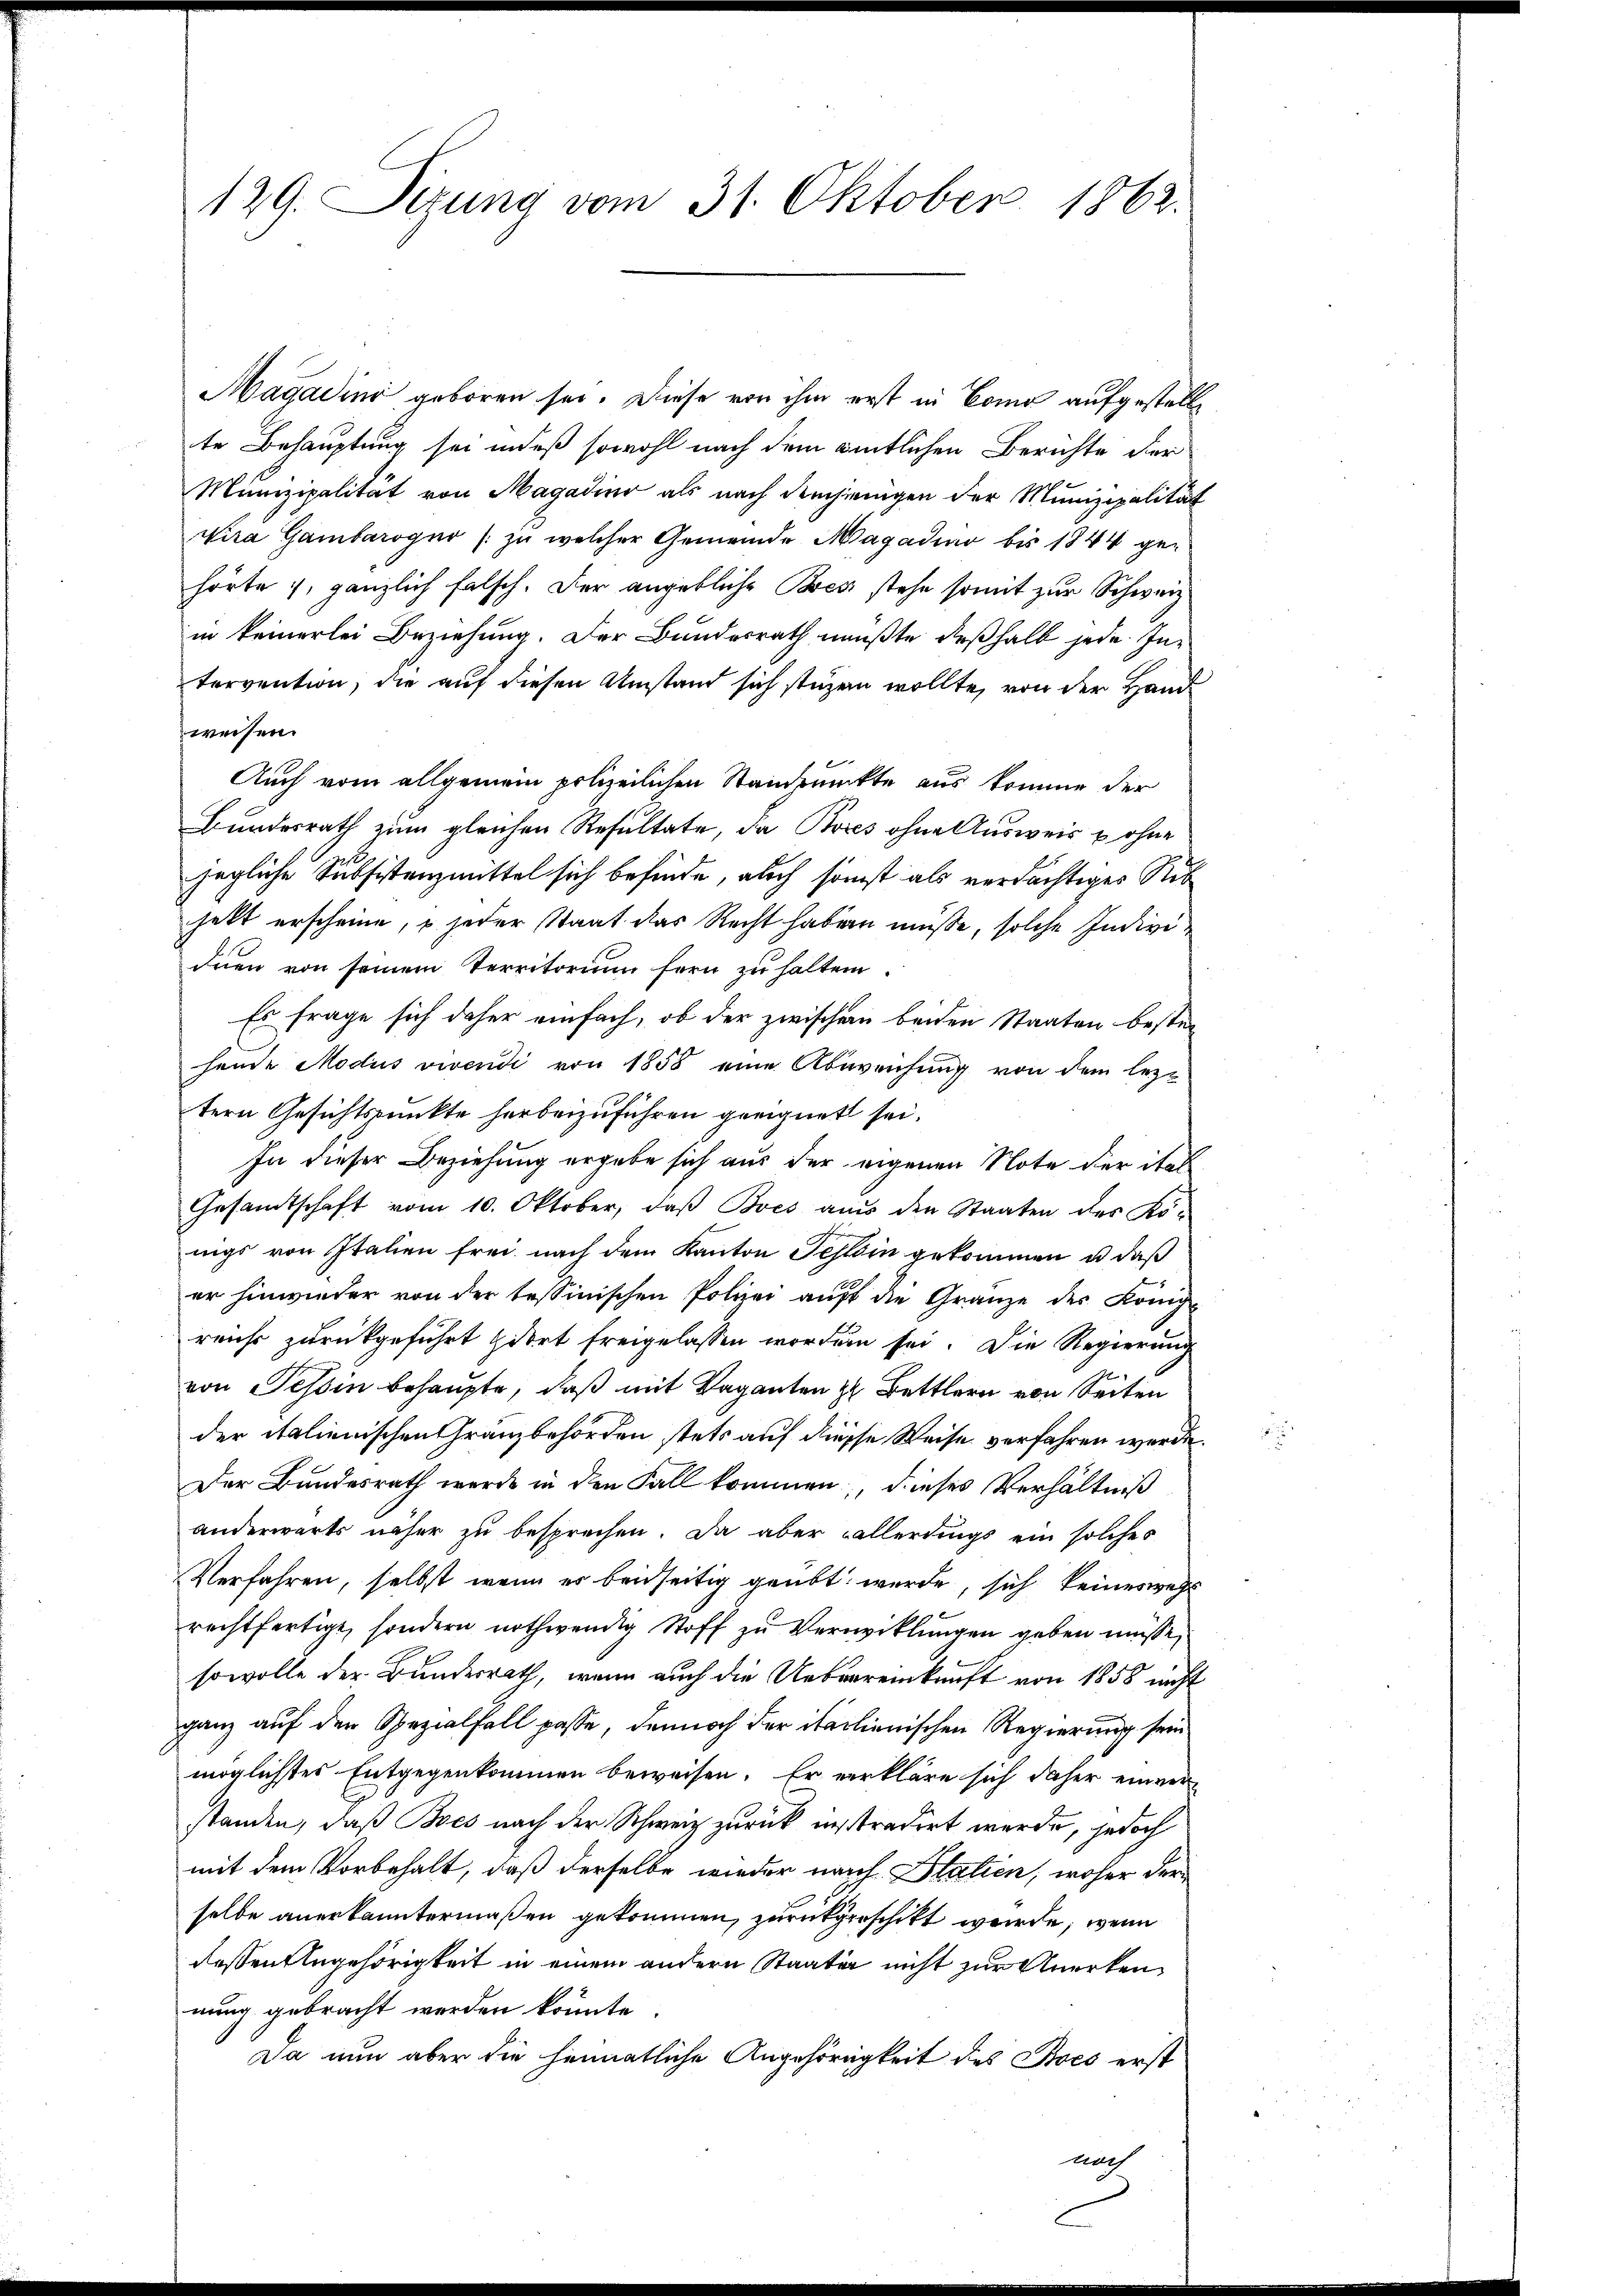
129. Sizung vom 31. Oktober 1862.

Magadini geboren sei. Diese von ihm erst in Como aufgestelle
te Behauptung sei indeß sowohl nach dem amtlichen Berichte der
Munizipalität von Magadino als nach demjenigen der Munizipalität
vira Gambarogno (zu welcher Gemeinde Magadin bis 1844 gehörte, gänzlich falsch. Der angebliche Bock stehe somit zur Schweiz.
in keinerlei Beziehung. Der Bundesrath mußte deßhalb jede Intervention, die auf diesen Umstand sich stüzen wollte, von der Handweisen.
Auch vom allgemein polizeilichen Standpunkte aus komme der
Bundesrath zum gleichen Resultate, da Bores ohne Ausweis u ohne
jegliche Subsistenzmittel sich befinde, auch sonst als verdächtiges Rib
jett erscheine, u jeder Staat das Recht haben müsse, solche Individuen von seinem Territorium fern zu halten.
Es frage sich daher einfach, ob der zwischen beiden Staaten besten
hande Modus vivendi von 1858 eine Abweichung von dem leztern Gesichtspunkte herbeizuführen geeignet sei.
In dieser Beziehung ergebe sich aus der eigenen Note der ital
Gesamtschaft vom 10. Oktober, daβ Bves aus den Staaten des Kö-
nigs von Italien frei, nach dem Kanton Tessin gekommen u. daß
er hinwieder von der tessinischen Polizei aŭf die Gränze des König-
reicht zurückgeführt dort freigelassen worden sei. Die Regierung
von Tessin behaupte, daß mit Vaganten zu Bettlern von Seiten
der italienischen Gränzbehörden stets auf diesse Weise verfahren werde.
Der Bundesrath werde in den Fall kommen, dieses Verhältniß
anderwärts näher zu besprechen. Da aber allerdings ein solches
Verfahren, selbst wenn es beidseitig geübt wurde, sich keineswegs
rechtfertigt, sondern nothwendig Stoff zu Verwicklungen geben müsse,
sowolle der Bundesrath, wenn auch die Uebereinkunft von 1858 nicht
ganz auf den Spezialfall passe, dennoch der italienischen Regierung sein
möglichtes Entgegenkommen beweisen. Er verkläre sich daher einverstanden, daß Bres nach der Schweiz zurück instradirt werde, jedoch
mit dem Vorbehalt, daß derselbe wieder nach Statien, woher der
selbe anerkanntermaßen gekommen, zurückgerschickt wurde, wenn
dessen Angehörigkeit in einem andern Staaten nicht zur Anerkennung gebracht werden könnte.
Da nun aber die heimatliche Angehörigkeit des Boes erst
nach